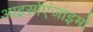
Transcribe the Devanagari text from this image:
आइसोएंजाइमों